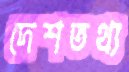
দেশতথ্য